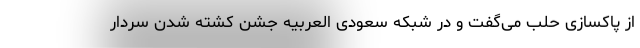
از پاکسازی حلب می‌گفت و در شبکه سعودی العربیه جشن کشته شدن سردار